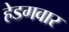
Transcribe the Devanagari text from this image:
हेडगवार